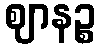
ဈာနဉ္စ